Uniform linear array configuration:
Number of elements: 64
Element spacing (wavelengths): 1
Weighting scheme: uniform
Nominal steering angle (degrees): -60
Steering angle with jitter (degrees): -58.823
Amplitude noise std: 0.05
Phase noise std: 0.05

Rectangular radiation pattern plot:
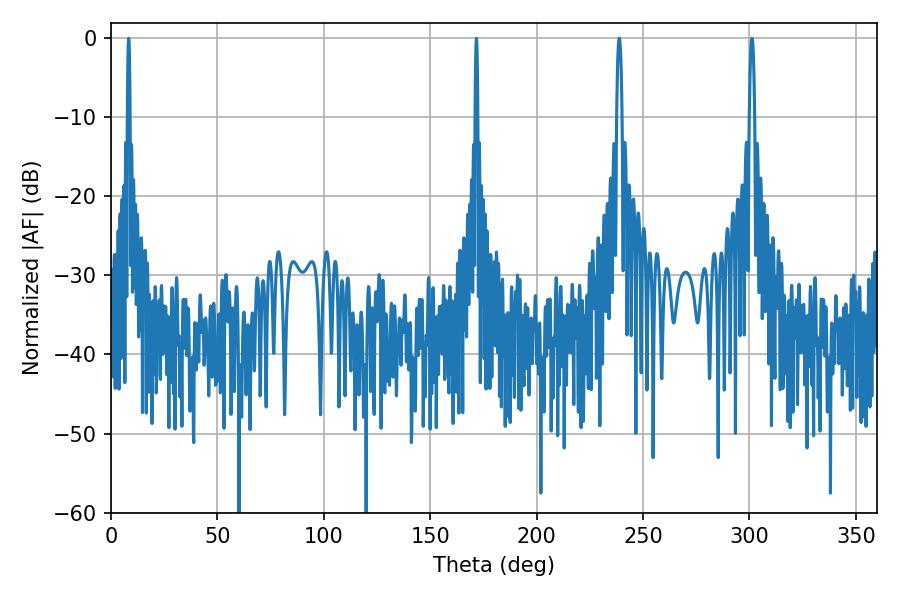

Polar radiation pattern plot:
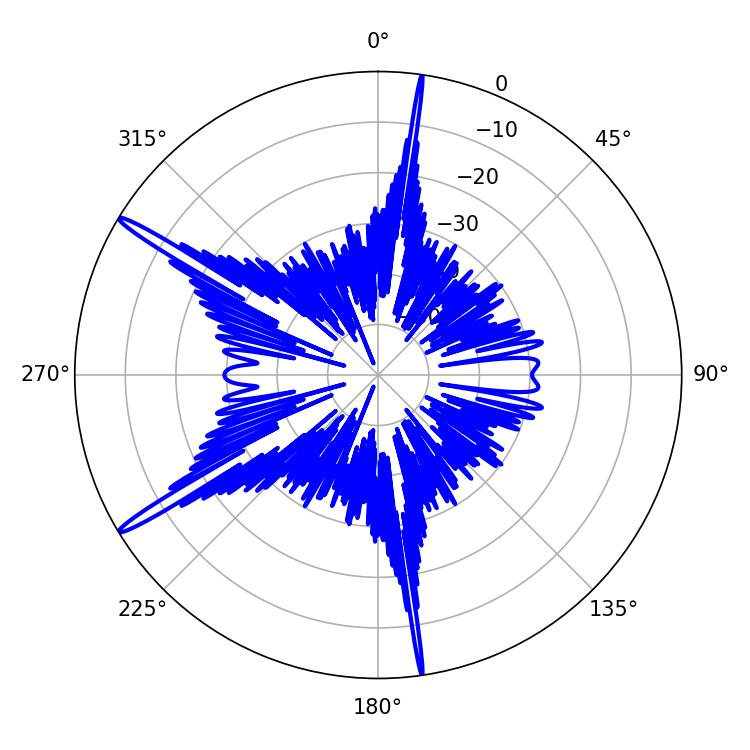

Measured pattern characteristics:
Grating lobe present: TRUE
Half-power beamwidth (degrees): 1.44
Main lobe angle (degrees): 238.86